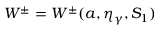
W ^ { \pm } = W ^ { \pm } ( a , \eta _ { \gamma } , S _ { 1 } )